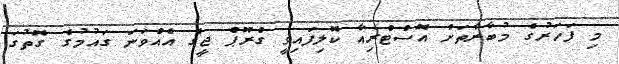
މި ފަހަރުގެ މުބާރާތަށް އޮސްޓްރިއާ ކޮލިފައިވީ ގްރޫޕް ޖީގެ އެއްވަނަ ގައުމުގެ ގޮތުގަ